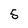
Character: 5